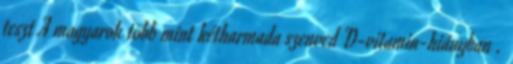
teszt A magyarok több mint kétharmada szenved D-vitamin-hiányban .